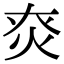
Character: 㶫